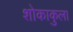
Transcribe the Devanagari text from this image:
शोकाकुला